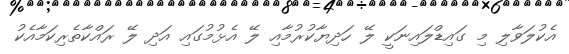
އެކުލަވާލި މި ގައިޑްލައިނަކީ ލޭ ހަދިޔާކުރުމާއި ލޭ އެޅުމުގައި އަދި ލޭ ރައްކާތެރިކަމާއެކު